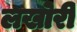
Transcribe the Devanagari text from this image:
लखोरी